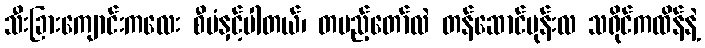
သီးခြားကျောင်းကလေး စီမံနှင့်ပါတယ်၊ တပည့်တော်လဲ တန်ဆောင်မုန်းလ သရိုင်ကထိန်နဲ့